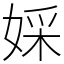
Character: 婇